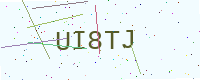
Text: UI8TJ